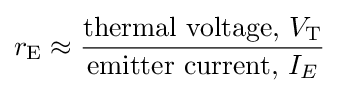
r_{\mathrm {E} }\approx {\frac {{\text{thermal voltage, }}V_{\mathrm {T} }}{{\text{emitter current, }}I_{E}}}